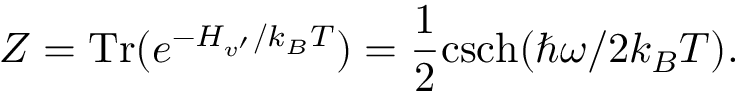
Z = \mathrm { T r } ( e ^ { - H _ { v ^ { \prime } } / k _ { B } T } ) = \frac { 1 } { 2 } \mathrm { c s c h } ( \hbar \omega / 2 k _ { B } T ) .